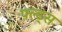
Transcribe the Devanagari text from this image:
फ़्ल्ड्स